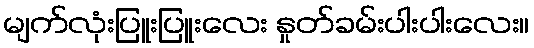
မျက်လုံးပြူးပြူးလေး နှုတ်ခမ်းပါးပါးလေး။